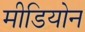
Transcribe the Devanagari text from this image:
मीडियोन